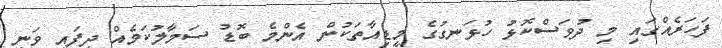
ފަހަރެއްގައި މި ދުވަސްކޮޅު ހުޅަނގުގެ މީޑިއާތަކުން އެންމެ ބޮޑު ސަމާލުކަމެއް ދީފައި ވަނީ